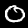
Label: 0